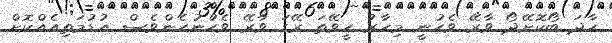
ހާދަ ބޯކޮށޭދޯ ވާރޭ ވެހުނީ މިހާރު ހީވޭތަ ރޭގަ ވާރޭ ވެހުނުހެންވެސް އުޑުމަތިއެއްކޮށް